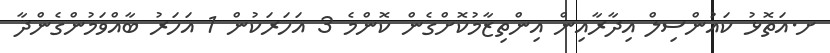
ށ.އަތޮޅު ކައުންސިލް އިދާރާއިން އިންތިޒާމުކޮށްގެން ކޮންމެ 3 އަހަރަކުން 1 އަހަރު ބާއްވަމުންގެންދާ